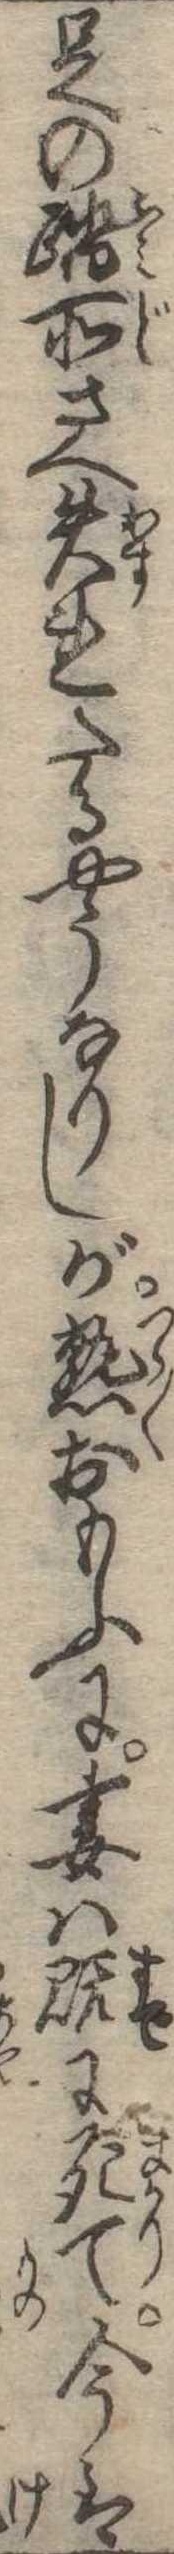
足の踏所さへ失れたるやうなりしが熟おもふに妻は既に死て今は